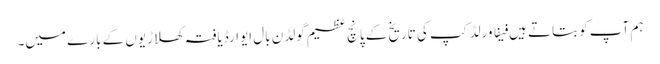
ہم آپ کو بتاتے ہیں فیفا ورلڈ کپ کی تاریخ کے پانچ عظیم گولڈن بال ایوارڈیافتہ کھلاڑیوں کے بارے میں۔